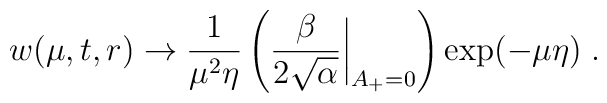
w(\mu,t,r)\to\frac{1}{\mu^2\eta}\left(\frac{\beta}{2\sqrt{\alpha}}\biggl |_{A_+=0}\right)\exp(-\mu\eta)\; .